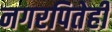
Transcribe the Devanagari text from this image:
नगरपितेही